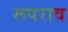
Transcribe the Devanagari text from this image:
रूपराव